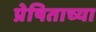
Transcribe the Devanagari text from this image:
प्रेषिताच्या